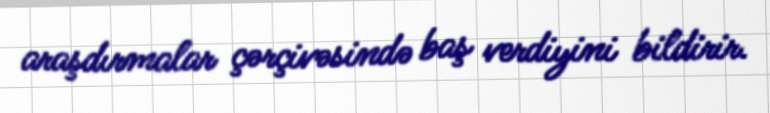
araşdırmalar çərçivəsində baş verdiyini bildirir.